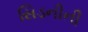
સિડનીની